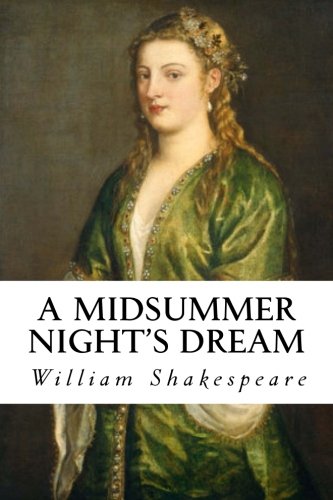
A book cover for A Midsummer Night's Dream; William Shakespeare; Literature & Fiction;